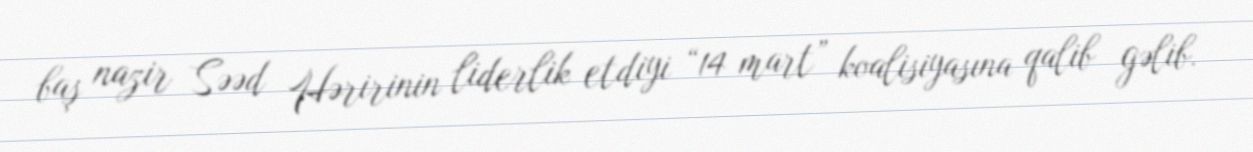
baş nazir Səəd Həririnin liderlik etdiyi “14 mart” koalisiyasına qalib gəlib.